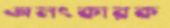
অলংকারক